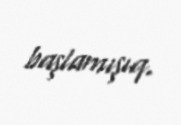
başlamışıq.